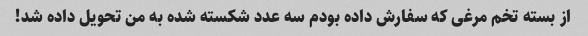
از بسته تخم مرغی که سفارش داده بودم سه عدد شکسته شده به من تحویل داده شد!